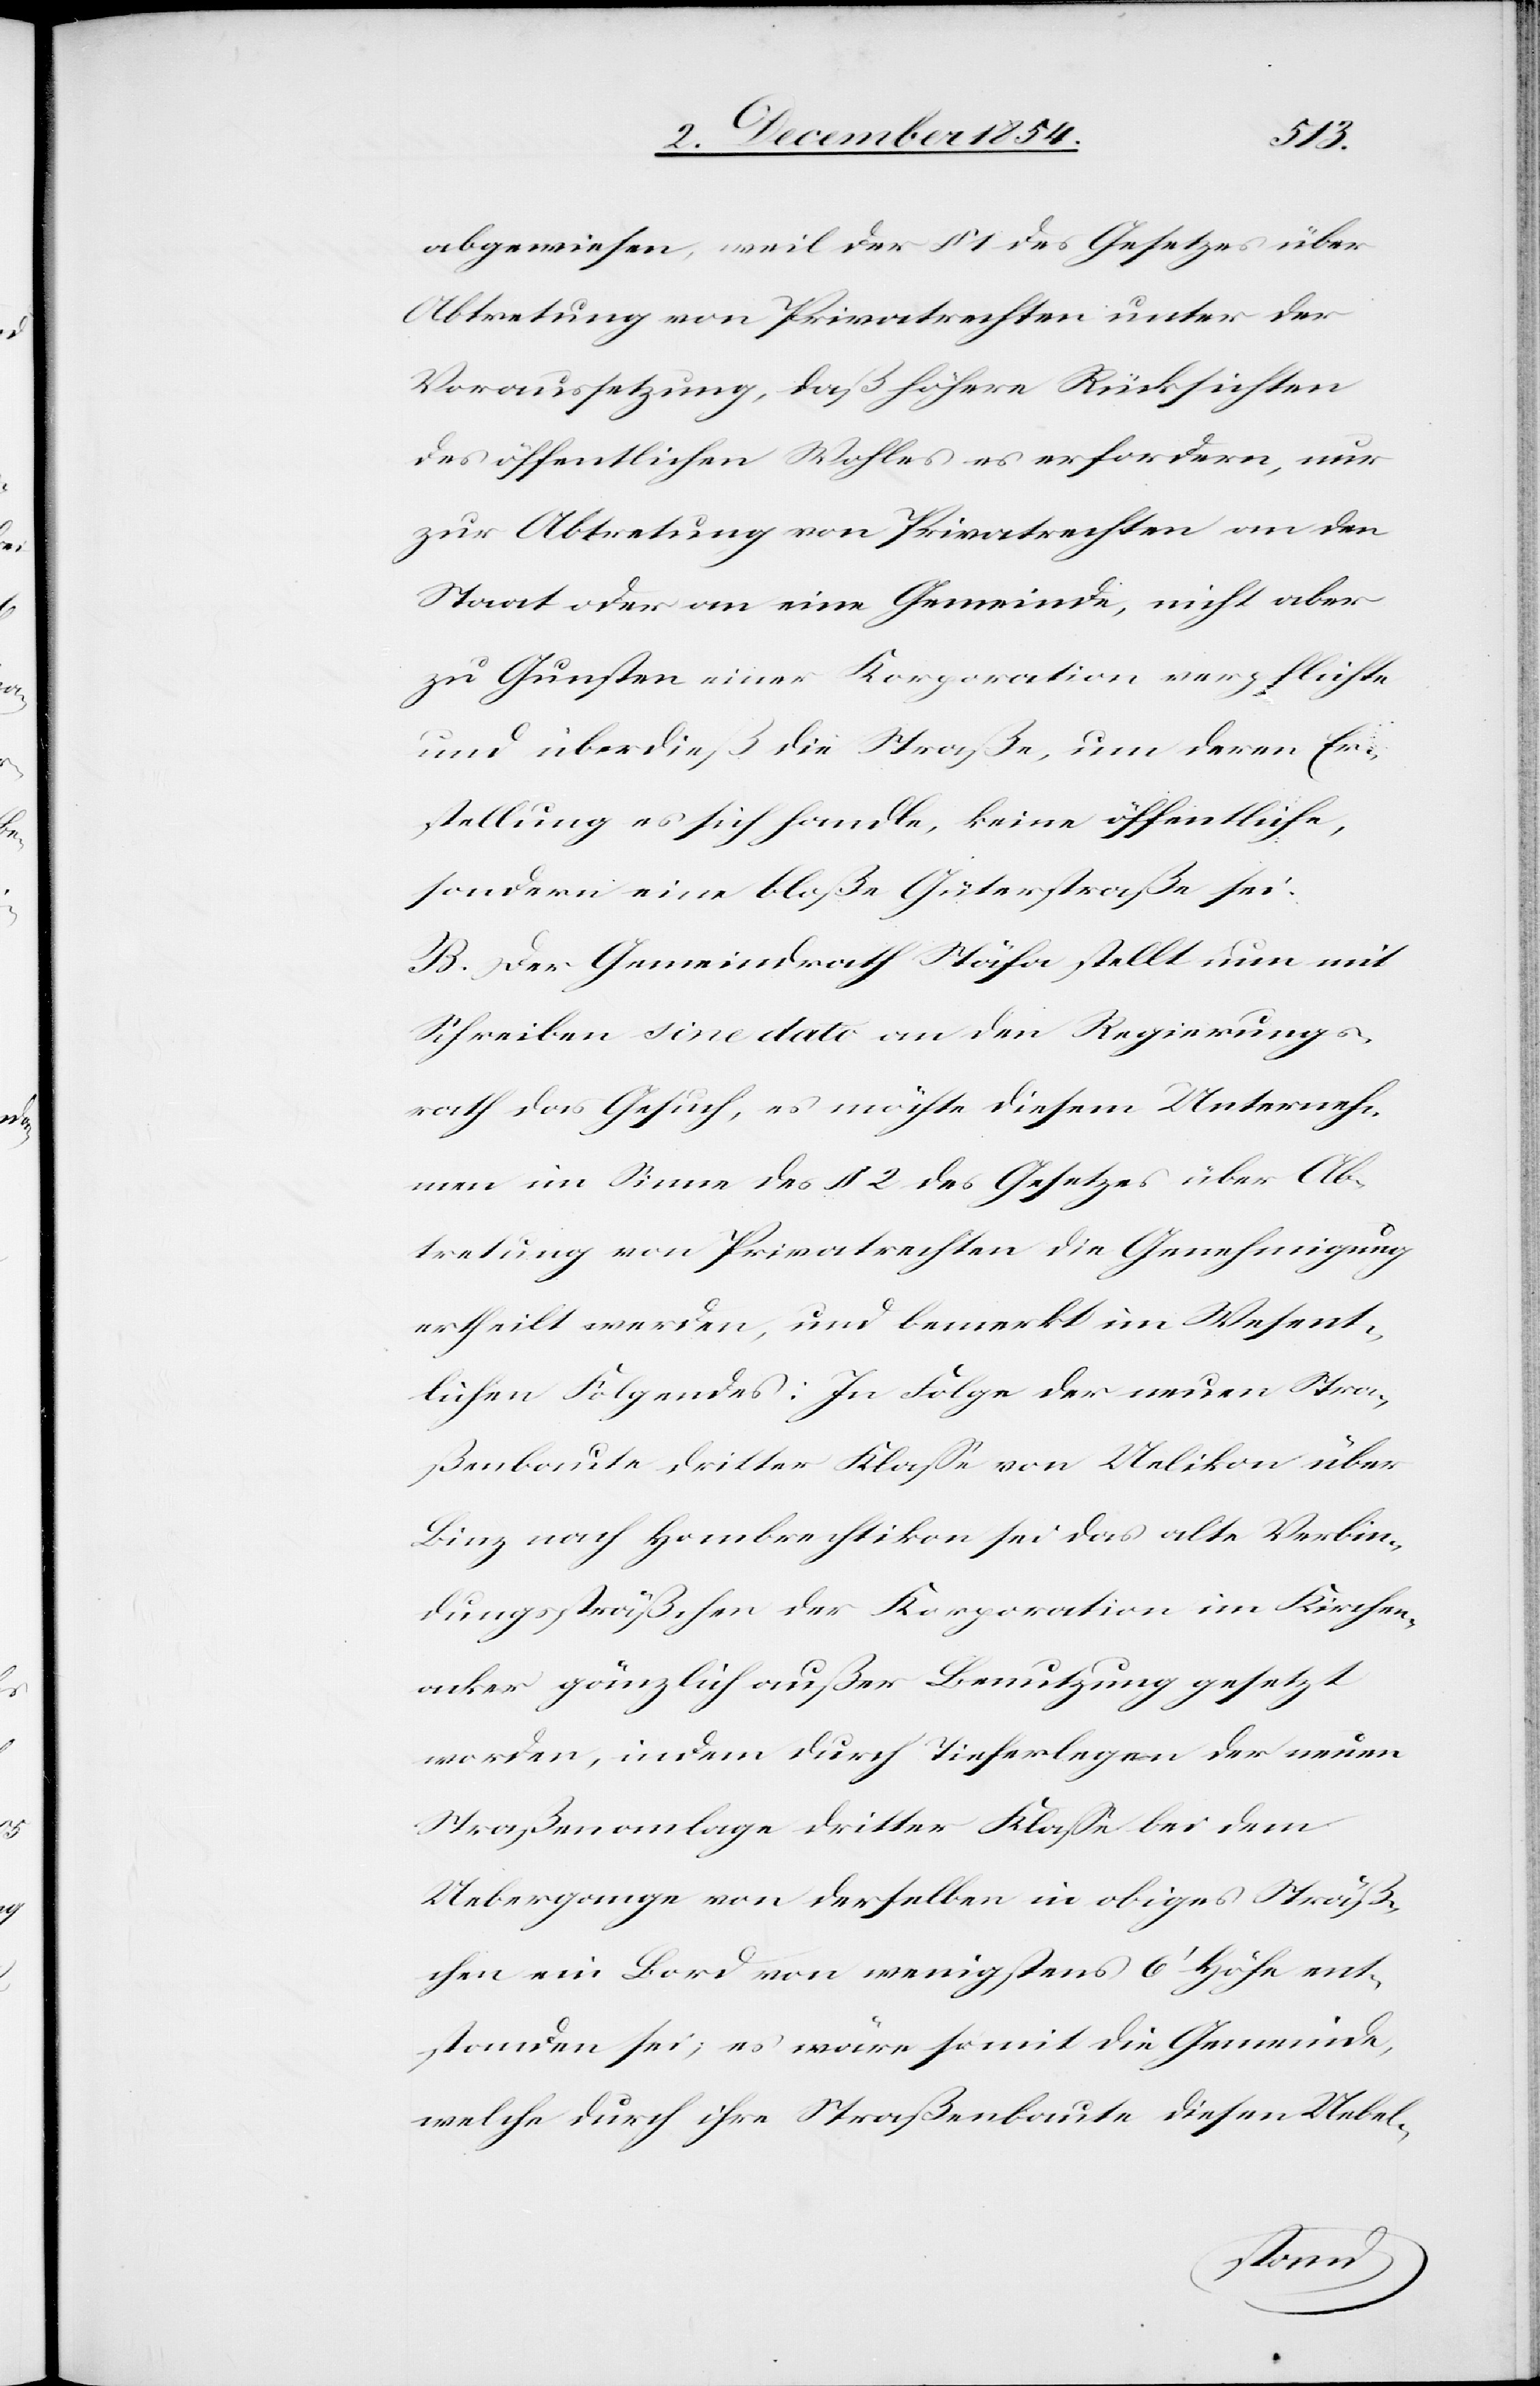
abgewiesen, weil der § 1 des Gesetzes über
Abtretung von Privatrechten unter der
Voraussetzung, daß höhere Rücksichten
des öffentlichen Wohles es erfordern, nur
zur Abtretung von Privatrechten an den
Staat oder an eine Gemeinde, nicht aber
zu Gunsten einer Korporation verpflichte
und überdieß die Straße, um deren Er¬
stellung es sich handle, keine öffentliche,
sondern eine bloße Güterstraße sei.
B. Der Gemeindrath Stäfa stellt nun mit
Schreiben sine dato an den Regierungs¬
rath das Gesuch, es möchte diesem Unterneh¬
men im Sinne des § 2 des Gesetzes über Ab¬
tretung von Privatrechten die Genehmigung
ertheilt werden, und bemerkt im Wesent¬
lichen Folgendes: In Folge der neuen Stra¬
ßenbaute dritter Klaße von Uelikon über
Binz nach Hombrechtikon sei das alte Verbin¬
dungssträßchen der Korporation im Kirchen¬
acker gänzlich außer Benutzung gesetzt
worden, indem durch Tieferlegen der neuen
Straßenanlage dritter Klaße bei dem
Uebergange von derselben in obiges Sträß¬
chen ein Bord von wenigstens 6‘ Höhe ent¬
standen sei: es wäre somit die Gemeinde,
welche durch ihre Straßenbaute diesen Uebel-